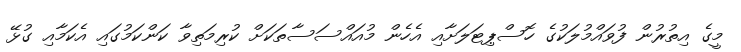
މީގެ އިތުރުން ފުވައްމުލަކުގެ ހޮސްޕިޓަލަށާއި އެހެން މުއައްސަސާތަކަށް ކުރިމަތިވާ ކަންކަމުގައި އެކަމާއި ގުޅޭ